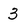
Character: 3